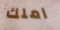
املك